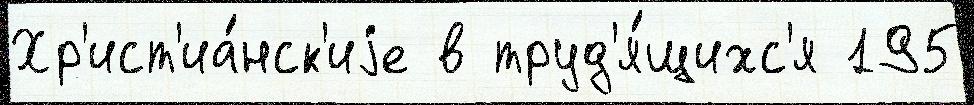
Хр'ист'иа́нск'иjе в труд'я́щихс'я 195